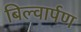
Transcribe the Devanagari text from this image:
बिल्वार्पण